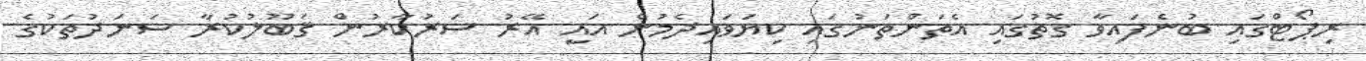
ރިޕޯޓްގައި ބުނެފައިވާ ގޮތުގައި އެތަންތަނުގައި ކިޔަވައިދެމުން އައީ އޭރު ސަރުކާރުން ޤަބޫލުކުރާ ސަނަދުތަކުގެ